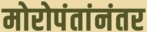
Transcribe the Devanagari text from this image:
मोरोपंतांनंतर